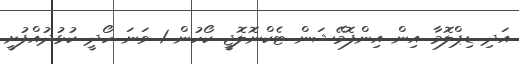
އަދި ޑިޕްލޮމާ އިން އިންފޮމޭޝަން ޓެކްނޮލޮޖީ ކޯހުން 1 ވަނަ ހޯދީ ކުޅުދުއްފުށީ